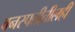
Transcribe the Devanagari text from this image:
वनस्पतीतीलही